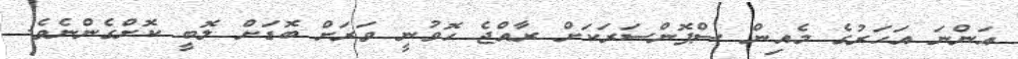
އަންނަ އަހަރުގެ މެއިން ސްޕޮންސަރަކަށް ރާއްޖެ ހޮވުނީ ވަރަށް ބޮޑަށް ލޮބީ ކޮށްގެންނެވެ.